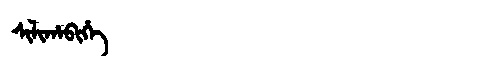
Manchu: ᠰᡳᠯᡳᡥᠠᠪᡳᡥᡝ
Romanization: SILIHABIHE